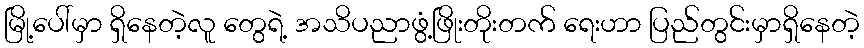
မြို့ပေါ်မှာ ရှိနေတဲ့လူ တွေရဲ့ အသိပညာဖွံ့ဖြိုးတိုးတက် ရေးဟာ ပြည်တွင်းမှာရှိနေတဲ့